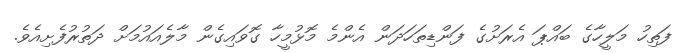
ފަތިހު މަލީހާގެ ބައްޕަ އެރަށުގެ ފަންޑިތަހަދަން އެންމެ މޮޅުމީހާ ގޮވައިގެން މާލެއައުމަށް ދަތުރުފެށިއެވެ.